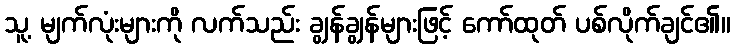
သူ့ မျက်လုံးများကို လက်သည်း ချွန်ချွန်များဖြင့် ကော်ထုတ် ပစ်လိုက်ချင်၏။